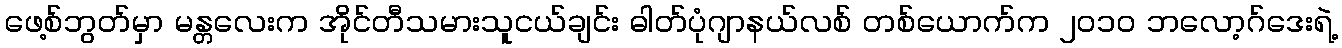
ဖေ့စ်ဘွတ်မှာ မန္တလေးက အိုင်တီသမားသူငယ်ချင်း ဓါတ်ပုံဂျာနယ်လစ် တစ်ယောက်က ၂၀၁၀ ဘလော့ဂ်ဒေးရဲ့